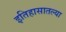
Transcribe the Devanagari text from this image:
इतिहासातल्या